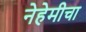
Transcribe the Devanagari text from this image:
नेहेमीचा